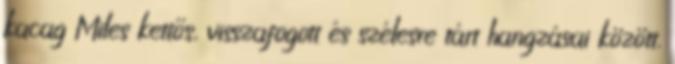
kacag Miles kettős, visszafogott és szélesre tárt hangzásai között.